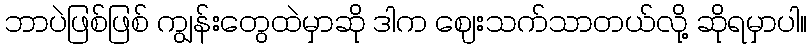
ဘာပဲဖြစ်ဖြစ် ကျွန်းတွေထဲမှာဆို ဒါက ဈေးသက်သာတယ်လို့ ဆိုရမှာပါ။